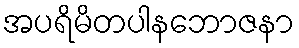
အပရိမိတပါနဘောဇနာ